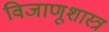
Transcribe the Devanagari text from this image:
विजाणूशास्त्र